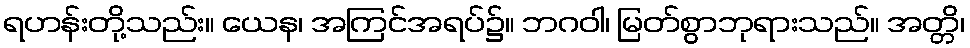
ရဟန်းတို့သည်း။ ယေန၊ အကြင်အရပ်၌။ ဘဂဝါ၊ မြတ်စွာဘုရားသည်။ အတ္တိ၊